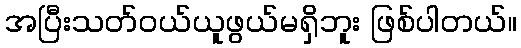
အပြီးသတ်ဝယ်ယူဖွယ်မရှိဘူး ဖြစ်ပါတယ်။